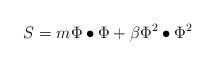
LaTeX: \begin{align*}S = m \Phi \bullet \Phi + \beta \Phi^2 \bullet \Phi^2\end{align*}